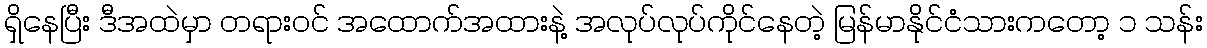
ရှိနေပြီး ဒီအထဲမှာ တရားဝင် အထောက်အထားနဲ့ အလုပ်လုပ်ကိုင်နေတဲ့ မြန်မာနိုင်ငံသားကတော့ ၁ သန်း